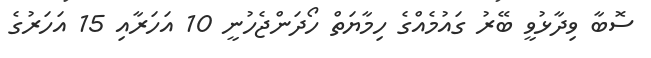
ސޮބާ ވިދާޅުވީ ބޭރު ގައުމެއްގެ ހިމާޔަތް ހޯދަންޖެހުނީ 10 އަހަރާއި 15 އަހަރުގެ